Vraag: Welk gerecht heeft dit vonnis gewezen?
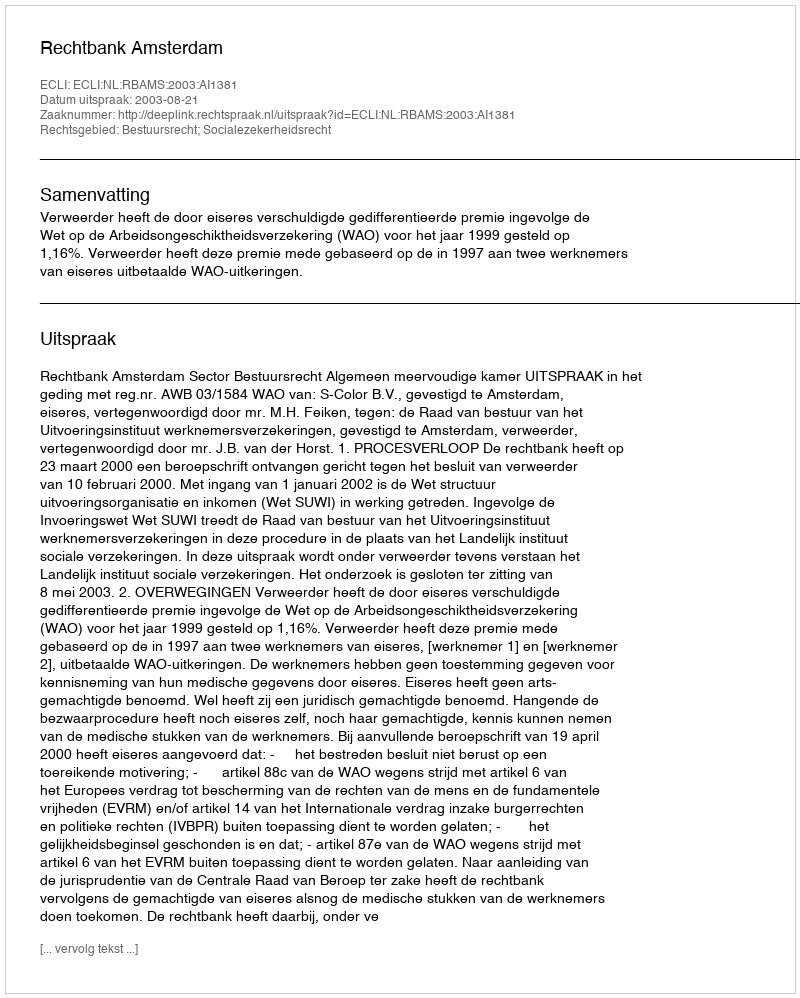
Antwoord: Rechtbank Amsterdam